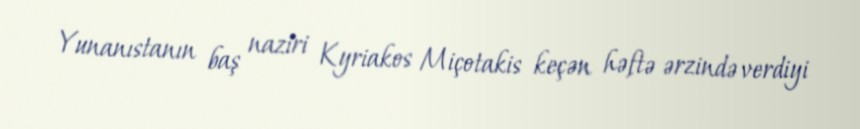
Yunanıstanın baş naziri Kyriakos Miçotakis keçən həftə ərzində verdiyi